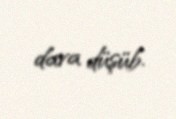
dava düşüb.